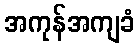
အကုန်အကျခံ